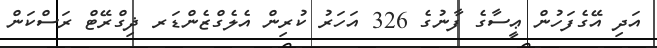
އަދި އޭގެފަހުން ޢީސާގެ ފާނުގެ 326 އަހަރު ކުރިން އެލެގްޒެންޑަރ ޛިގްރޭޓް ރަސްކަން